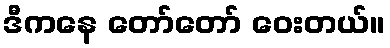
ဒီကနေ တော်တော် ဝေးတယ်။